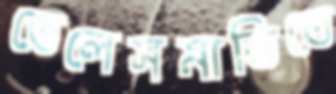
তেলেসমাতিতে